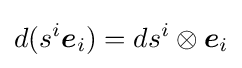
d(s^{i}{\boldsymbol {e}}_{i})=ds^{i}\otimes {\boldsymbol {e}}_{i}